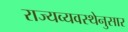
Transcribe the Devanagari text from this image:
राज्यव्यवस्थेनुसार